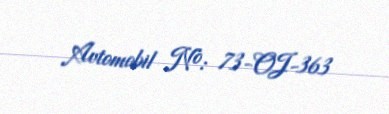
Avtomobil №: 73-OJ-363